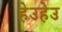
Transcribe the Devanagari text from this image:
हेउहेउ